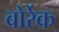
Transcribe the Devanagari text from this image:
बोर्रेक